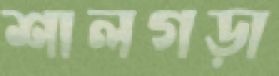
শালগড়া